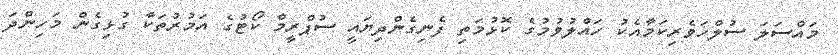
މައްސަލަ ސުލްހަވެރިކަމާއެކު ހައްލުވުމުގެ ކޮޅުމަތި ފެނިގެންދިޔައީ ސުޕްރީމް ކޯޓުގެ އަމުރުތަކާ ގުޅިގެން މަހިންދަ